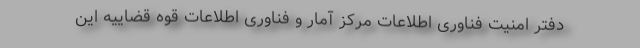
دفتر امنیت فناوری اطلاعات مرکز آمار و فناوری اطلاعات قوه قضاییه این